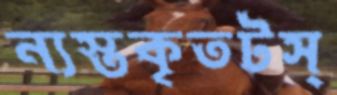
ন্যস্তকৃতটস্